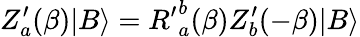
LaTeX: Z_{a}^{\prime}(\beta)|B\rangle={R^{\prime}}_{a}^{b}(\beta)Z_{b}^{\prime}(-\beta)|B\rangle